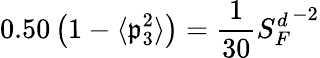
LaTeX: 0.50\left(1-\langle\mathfrak{p}_{3}^{2}\rangle\right)=\frac{{1}}{{30}}{S_{F}^{d}}^{-2}